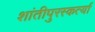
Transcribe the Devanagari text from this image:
शांतीपुरस्कर्त्या